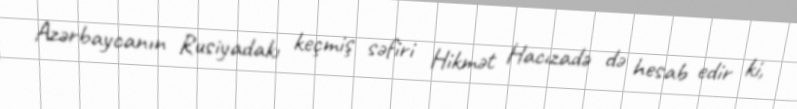
Azərbaycanın Rusiyadakı keçmiş səfiri Hikmət Hacızadə də hesab edir ki,